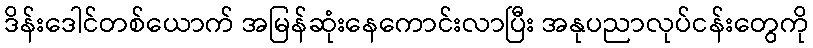
ဒိန်းဒေါင်တစ်ယောက် အမြန်ဆုံးနေကောင်းလာပြီး အနုပညာလုပ်ငန်းတွေကို